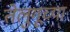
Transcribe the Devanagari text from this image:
तेलुगूच्या